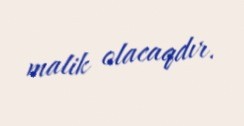
malik olacaqdır.